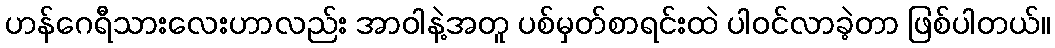
ဟန်ဂေရီသားလေးဟာလည်း အာဝါနဲ့အတူ ပစ်မှတ်စာရင်းထဲ ပါဝင်လာခဲ့တာ ဖြစ်ပါတယ်။